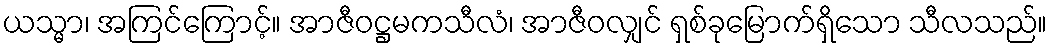
ယသ္မာ၊ အကြင်ကြောင့်။ အာဇီဝဋ္ဌမကသီလံ၊ အာဇီဝလျှင် ရှစ်ခုမြောက်ရှိသော သီလသည်။